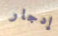
إدجار